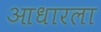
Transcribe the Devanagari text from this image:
आधारला